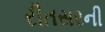
રીતસરની